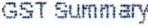
GST SUMMARY